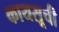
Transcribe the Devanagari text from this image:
कायसूची